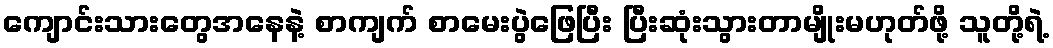
ကျောင်းသားတွေအနေနဲ့ စာကျက် စာမေးပွဲဖြေပြီး ပြီးဆုံးသွားတာမျိုးမဟုတ်ဖို့ သူတို့ရဲ့